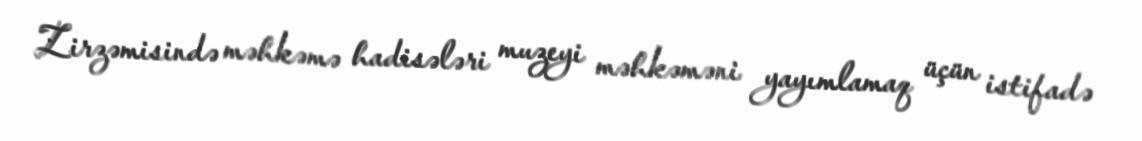
Zirzəmisində məhkəmə hadisələri muzeyi məhkəməni yayımlamaq üçün istifadə